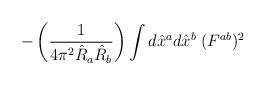
LaTeX: \begin{align*}-\left(\frac{1}{4 \pi^2 \hat{R}_a \hat{R}_b} \right)\int d\hat{x}^a d\hat{x}^b \; (F^{ab})^2\end{align*}